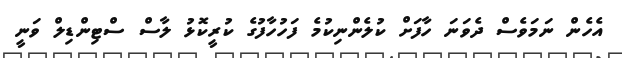
އެހެން ނަމަވެސް ދެވަނަ ހާފަށް ކުލެންނިކުމެ ފަހުހާފުގެ ކުރީކޮޅު ލާސް ސްޓިންޑިލް ވަނީ